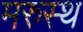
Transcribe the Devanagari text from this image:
मरुस्थ